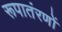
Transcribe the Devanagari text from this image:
रूपातंरणों